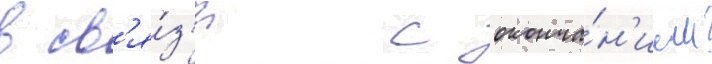
в св'я́з'и с оконча́н'ием